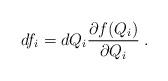
LaTeX: \begin{align*}df_i = dQ_i \frac{ \partial f (Q_i) }{ \partial Q_i } \; .\end{align*}